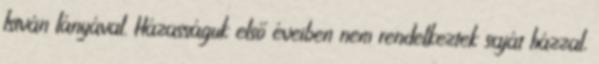
István lányával. Házasságuk első éveiben nem rendelkeztek saját házzal,